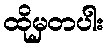
ထိုမှတပါး